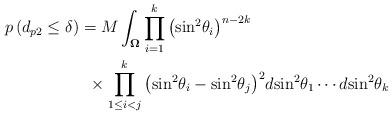
LaTeX: \begin{align*}p\left( {{d_{p2}} \leq \delta } \right) & = M\int_{\mathbf{\Omega }} \prod\limits_{i = 1}^k {{{\left( {{{\sin }^2}{\theta _i}} \right)}^{n - 2k}}} \\ & \,\,\, \times \prod\limits_{1 \leq i < j}^k {{{\left( {{{\sin }^2}{\theta _i} - {{\sin }^2}{\theta _j}} \right)}^2}} d{{\sin }^2}{\theta _1} \cdots d{{\sin }^2}{\theta _k} \end{align*}